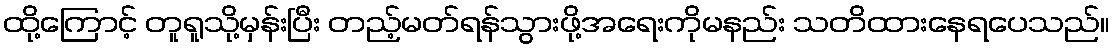
ထို့ကြောင့် တူရူသို့မှန်းပြီး တည့်မတ်ရန်သွားဖို့အရေးကိုမနည်း သတိထားနေရပေသည်။